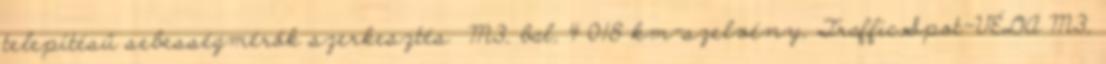
telepítésű sebességmérők szerkesztés M3, bal, 4 018 km-szelvény, TrafficSpot-VÉDA M3,